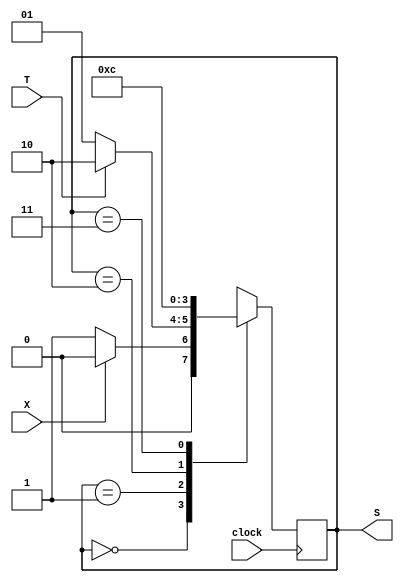
module LAB08_3(X,T,S,clock);
input X;
input T;
input clock;

output [1:0] S;

reg [1:0] S;

always @(posedge clock)begin
	case(S)
	2'b00:
		begin
			if (X==1)
			S<=2'b00;
			else
			S<=2'b01;
		end
	2'b01:
		begin
			if (T==1)
			S<=2'b10;
			else
			S<=2'b01;
		end
	2'b10:	S<=2'b11;
	2'b11:	S<=2'b00;
	endcase
end
endmodule